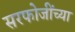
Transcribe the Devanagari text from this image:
सरफोजींच्या